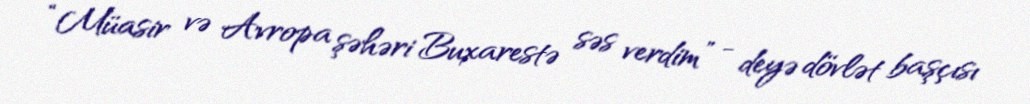
“Müasir və Avropa şəhəri Buxarestə səs verdim” - deyə dövlət başçısı